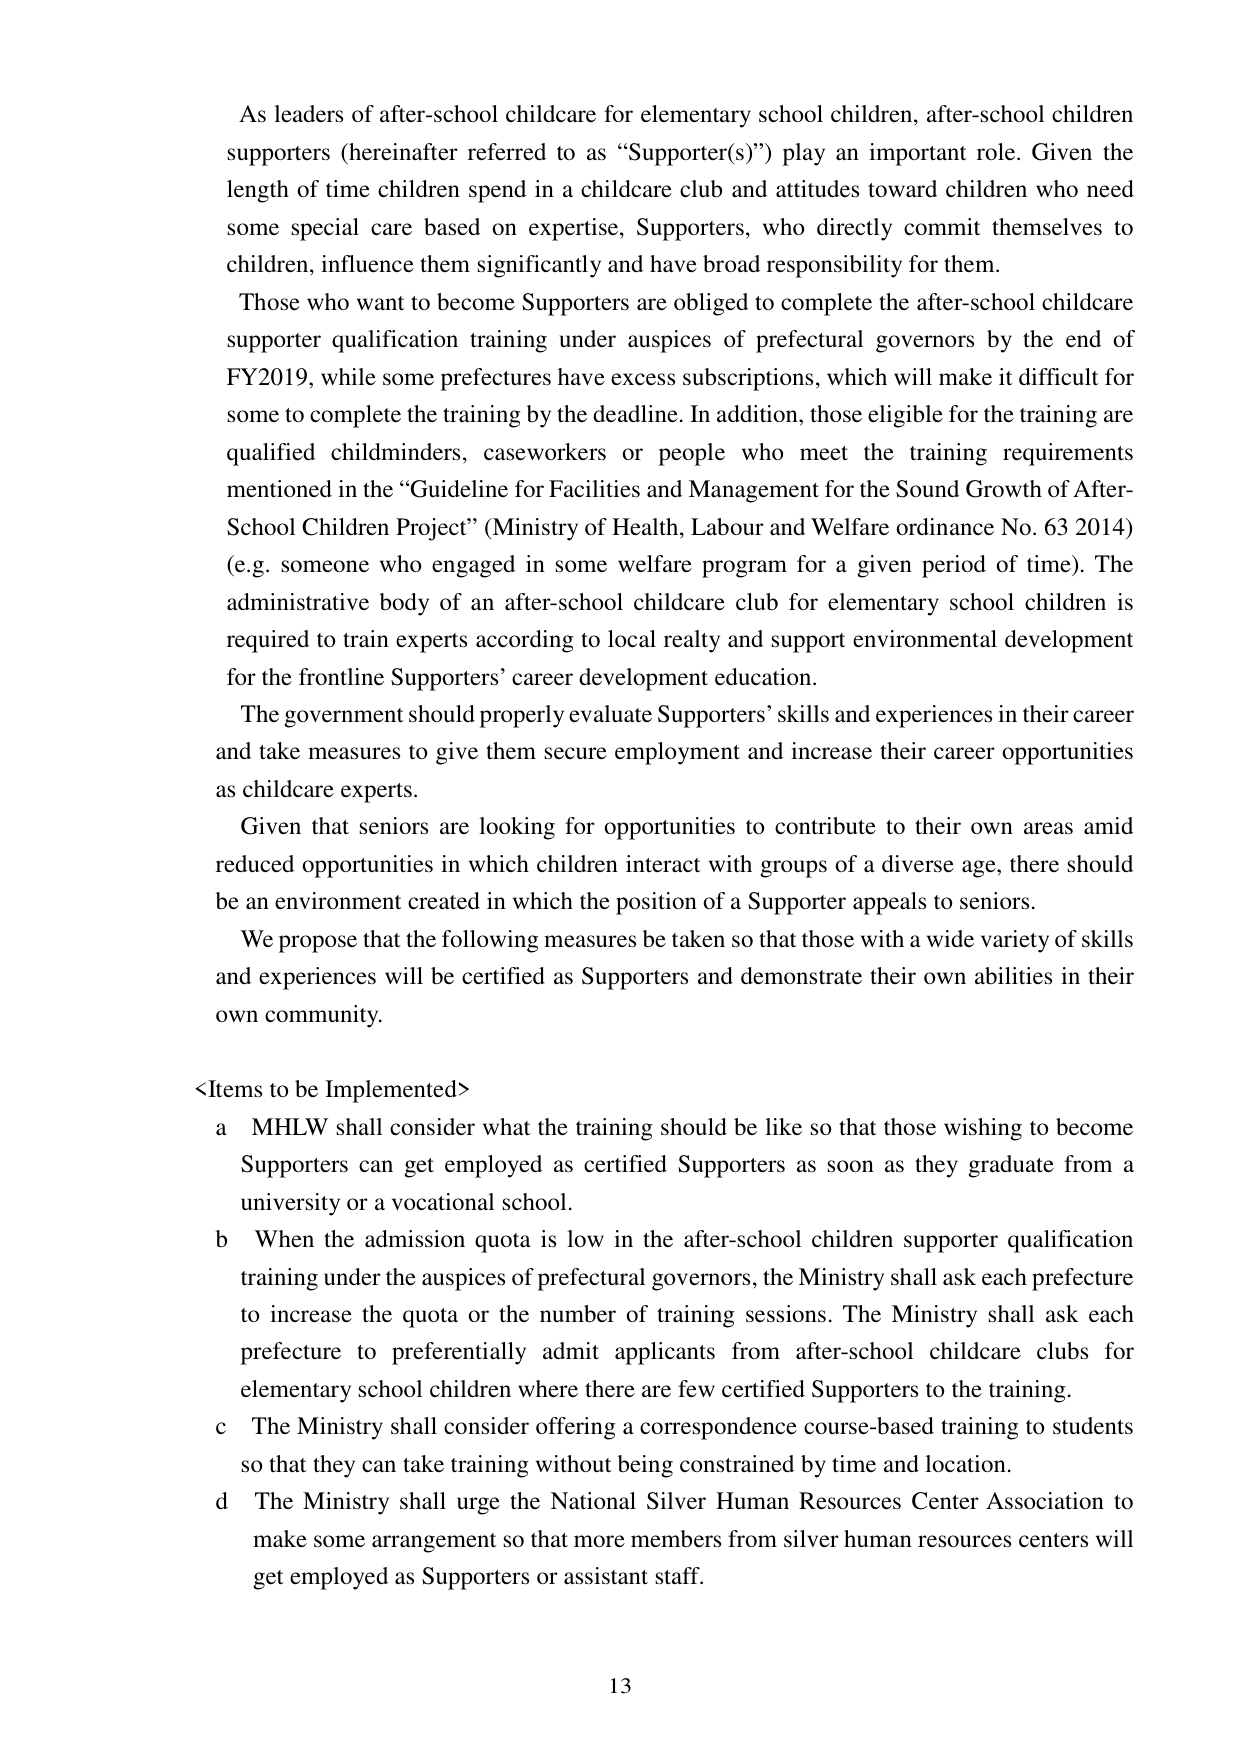
As leaders of after-school childcare for elementary school children, after-school children supporters (hereinafter referred to as “Supporter(s)”) play an important role. Given the length of time children spend in a childcare club and attitudes toward children who need some special care based on expertise, Supporters, who directly commit themselves to children, influence them significantly and have broad responsibility for them.

Those who want to become Supporters are obliged to complete the after-school childcare supporter qualification training under auspices of prefectural governors by the end of FY2019, while some prefectures have excess subscriptions, which will make it difficult for some to complete the training by the deadline. In addition, those eligible for the training are qualified childminders, caseworkers or people who meet the training requirements mentioned in the “Guideline for Facilities and Management for the Sound Growth of After-School Children Project” (Ministry of Health, Labour and Welfare ordinance No. 63 2014) (e.g. someone who engaged in some welfare program for a given period of time). The administrative body of an after-school childcare club for elementary school children is required to train experts according to local reality and support environmental development for the frontline Supporters’ career development education.

The government should properly evaluate Supporters’ skills and experiences in their career and take measures to give them secure employment and increase their career opportunities as childcare experts.

Given that seniors are looking for opportunities to contribute to their own areas amid reduced opportunities in which children interact with groups of a diverse age, there should be an environment created in which the position of a Supporter appeals to seniors.

We propose that the following measures be taken so that those with a wide variety of skills and experiences will be certified as Supporters and demonstrate their own abilities in their own community.

<Items to be Implemented>
a MHLW shall consider what the training should be like so that those wishing to become Supporters can get employed as certified Supporters as soon as they graduate from a university or a vocational school.
b When the admission quota is low in the after-school children supporter qualification training under the auspices of prefectural governors, the Ministry shall ask each prefecture to increase the quota or the number of training sessions. The Ministry shall ask each prefecture to preferentially admit applicants from after-school childcare clubs for elementary school children where there are few certified Supporters to the training.
c The Ministry shall consider offering a correspondence course-based training to students so that they can take training without being constrained by time and location.
d The Ministry shall urge the National Silver Human Resources Center Association to make some arrangement so that more members from silver human resources centers will get employed as Supporters or assistant staff.

13